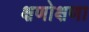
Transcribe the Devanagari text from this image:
क्षणोक्षणा